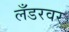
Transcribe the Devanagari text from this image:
लँडरवर